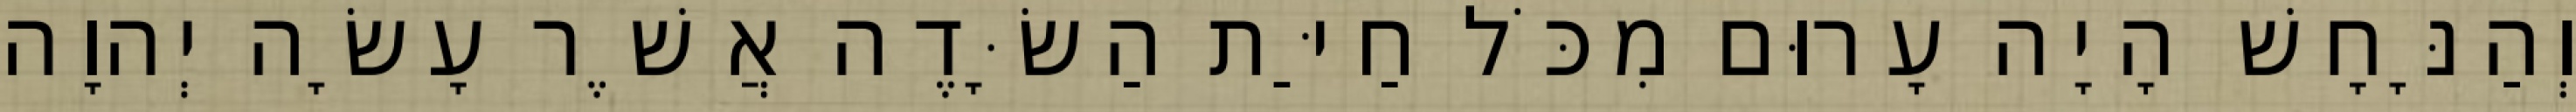
וְהַנָּחָשׁ הָיָה עָרוּם מִכֹּל חַיַּת הַשָּׂדֶה אֲשֶׁר עָשָׂה יְהוָה